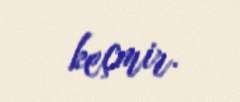
keçmir.